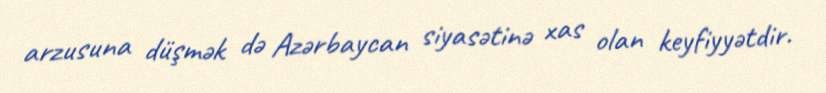
arzusuna düşmək də Azərbaycan siyasətinə xas olan keyfiyyətdir.